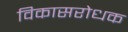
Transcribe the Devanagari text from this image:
विकासरोधक